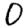
Digit: 0